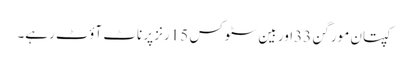
کپتان مورگن 33اور بین سٹوکس 15رنز پر ناٹ آؤٹ رہے۔